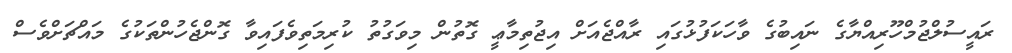
ރައީސުލްޖުމްހޫރިއްޔާގެ ނައިބުގެ ވާހަކަފުޅުގައި ރާއްޖެއަށް އިޖުތިމާޢީ ގޮތުން މިވަގުތު ކުރިމަތިވެފައިވާ ގޮންޖެހުންތަކުގެ މައްޗަށްވެސް